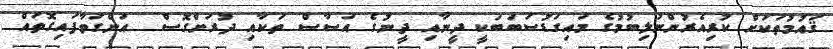
ޤައުމުތަކަށް ކުރިއެރުންނުލިބުމުގެ މައިގަޑުސަބަބަކީ ދީނާއި ދީނުގެ އަސާސް ތަކާއި ދުރަށްގޮސް  އަންގަވާފައިގޮތައް